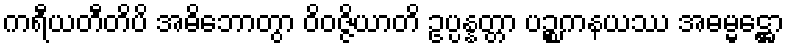
ကရီယတီတိပိ အဓိဘောတွာ ဝိဝဇ္ဇိယာတိ ဥပ္ပန္နတ္တာ ပဉ္စကနယဿ အဓမ္မဋ္ဌော